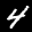
Label: 4